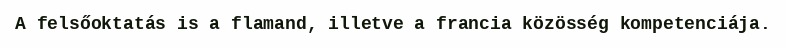
A felsőoktatás is a flamand, illetve a francia közösség kompetenciája.